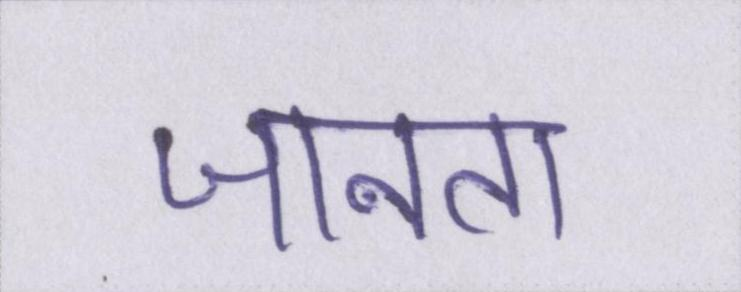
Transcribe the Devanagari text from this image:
जानता